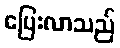
ပြေးလာသည်